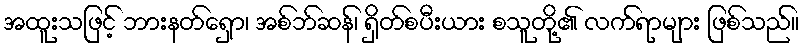
အထူးသဖြင့် ဘားနတ်ရှော၊ အစ်ဘ်ဆန်၊ ရှိတ်စပီးယား စသူတို့၏ လက်ရာများ ဖြစ်သည်။